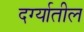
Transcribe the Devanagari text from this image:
दर्ग्यातील